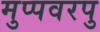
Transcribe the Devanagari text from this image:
मुप्पवरपु